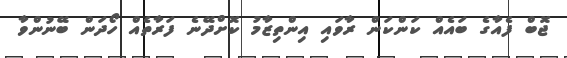
ޖޮބް ފެއާގެ ބައެއް ކަންކަން ރާވައި އިންތިޒާމު ކޮށްދޭނެ ފަރާތެއް ހޯދަން ބޭނުންވާ